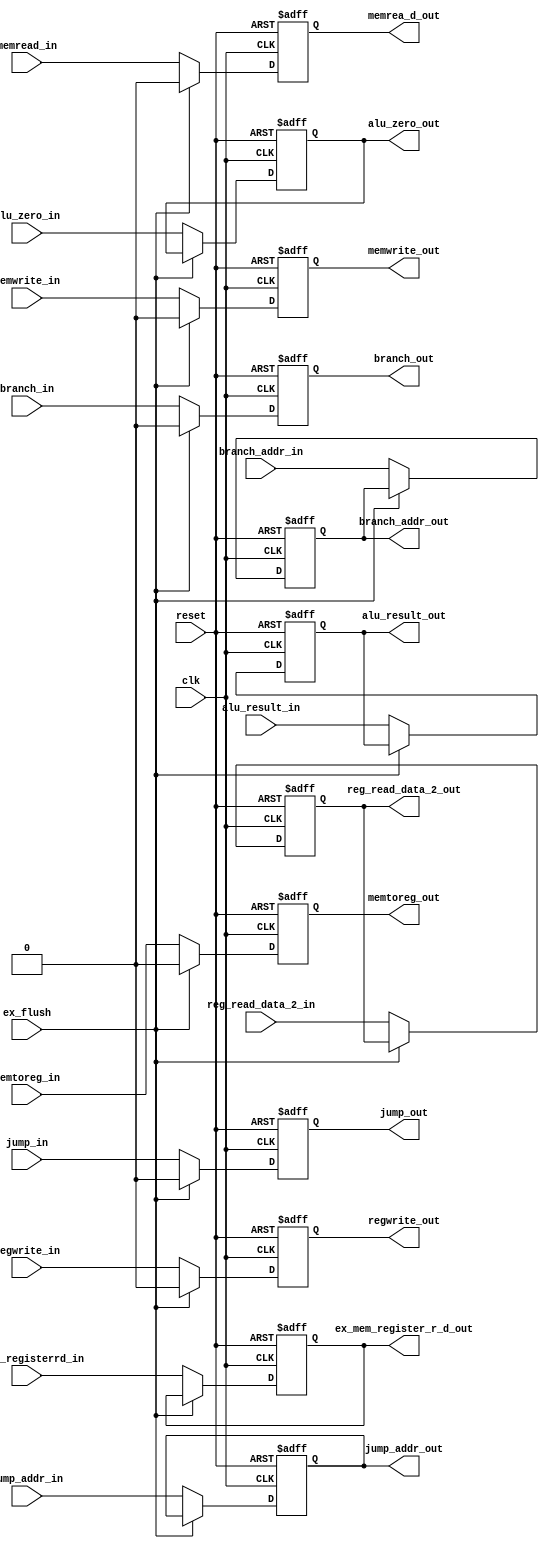
module ex_mem_stage_reg (ex_flush, regwrite_in, memtoreg_in, regwrite_out, memtoreg_out, branch_in, memread_in, memwrite_in, jump_in, branch_out, memrea_d_out, memwrite_out, jump_out, jump_addr_in, branch_addr_in, jump_addr_out, branch_addr_out, alu_zero_in, alu_zero_out, alu_result_in, reg_read_data_2_in, alu_result_out, reg_read_data_2_out, id_ex_registerrd_in, ex_mem_register_r_d_out, clk, reset);
	// 1. hazard control signal (sync rising edge)
	// if ex_flush equals 1,
	// then clear all wb, mem control signal to 0 on rising edge
	// do not need to clear addr or data content
	input ex_flush;
	// 2. wb control signal
	input regwrite_in, memtoreg_in;
	output regwrite_out, memtoreg_out;
	// 3. mem control signal
	input branch_in, memread_in, memwrite_in, jump_in;
	output branch_out, memrea_d_out, memwrite_out, jump_out;
	// 4. addr content
	input [31:0] jump_addr_in, branch_addr_in;
	output [31:0] jump_addr_out, branch_addr_out;
	// 5. data content
	input alu_zero_in;
	output alu_zero_out;
	input [31:0] alu_result_in, reg_read_data_2_in;
	output [31:0] alu_result_out, reg_read_data_2_out;
	input [4:0] id_ex_registerrd_in;
	output [4:0] ex_mem_register_r_d_out;
	// general signal
	// reset: async; set all register content to 0
	input clk, reset;

	reg regwrite_out, memtoreg_out;
	reg branch_out, memrea_d_out, memwrite_out, jump_out;
	reg [31:0] jump_addr_out, branch_addr_out;
	reg alu_zero_out;
	reg [31:0] alu_result_out, reg_read_data_2_out;
	reg [4:0] ex_mem_register_r_d_out;

	always @(posedge clk or posedge reset)
	begin
		if (reset == 1'b1)
		begin
		  regwrite_out <= 1'b0;
		  memtoreg_out <= 1'b0;
		  branch_out <= 1'b0;
		  memrea_d_out <= 1'b0;
		  memwrite_out <= 1'b0;
		  jump_out <= 1'b0;
		  jump_addr_out <= 32'b0;
		  branch_addr_out <= 32'b0;
		  alu_zero_out <= 1'b0;
		  alu_result_out <= 32'b0;
		  reg_read_data_2_out <= 32'b0;
		  ex_mem_register_r_d_out <= 5'b0; 
		end
		else if (ex_flush == 1'b1)
	    begin
		  regwrite_out <= 1'b0;
		  memtoreg_out <= 1'b0;
		  branch_out <= 1'b0;
		  memrea_d_out <= 1'b0;
		  memwrite_out <= 1'b0;
		  jump_out <= 1'b0;
		end
		else begin
		  regwrite_out <= regwrite_in;
		  memtoreg_out <= memtoreg_in;
		  branch_out <= branch_in;
		  memrea_d_out <= memread_in;
		  memwrite_out <= memwrite_in;
		  jump_out <= jump_in;
		  jump_addr_out <= jump_addr_in;
		  branch_addr_out <= branch_addr_in;
		  alu_zero_out <= alu_zero_in;
		  alu_result_out <= alu_result_in;
		  reg_read_data_2_out <= reg_read_data_2_in;
		  ex_mem_register_r_d_out <= id_ex_registerrd_in;
		end

	end

endmodule